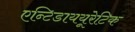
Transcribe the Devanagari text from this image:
एन्टिडाययूरेटिक